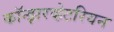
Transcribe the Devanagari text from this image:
कॉन्झरव्हेटरियन